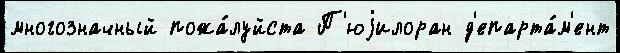
многозначный пожа́луйста П'юjилоран д'епарта́м'ент